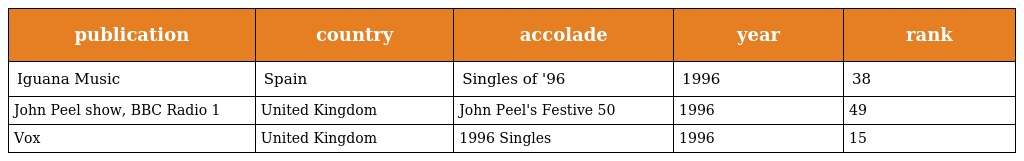
| publication | country | accolade | year | rank |
 | --- | --- | --- | --- | --- |
 | Iguana Music | Spain | Singles of '96 | 1996 | 38 |
 | John Peel show, BBC Radio 1 | United Kingdom | John Peel's Festive 50 | 1996 | 49 |
 | Vox | United Kingdom | 1996 Singles | 1996 | 15 |